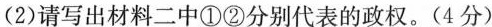
(2)请写出材料二中①②分别代表的政权。(4分)